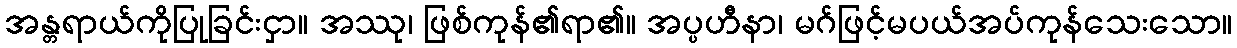
အန္တရာယ်ကိုပြုခြင်းငှာ။ အဿု၊ ဖြစ်ကုန်၏ရာ၏။ အပ္ပဟီနာ၊ မဂ်ဖြင့်မပယ်အပ်ကုန်သေးသော။